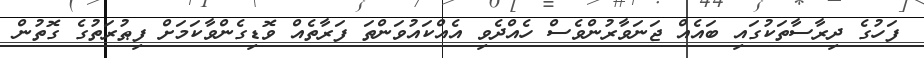
ފަހުގެ ދިރާސާތަކުގައި ބައެއް ޖަނަވާރުންވެސް ހެއްދެވި އެއްކައުވަންތަ ފަރާތެއް ވޮޑިގެންވާކަމަށް ފިޠުރަތުގެ ގޮތުން